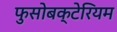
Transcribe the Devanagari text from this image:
फुसोबक्टेरियम